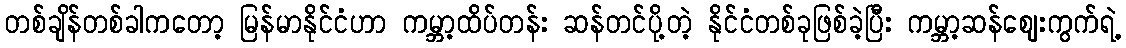
တစ်ချိန်တစ်ခါကတော့ မြန်မာနိုင်ငံဟာ ကမ္ဘာ့ထိပ်တန်း ဆန်တင်ပို့တဲ့ နိုင်ငံတစ်ခုဖြစ်ခဲ့ပြီး ကမ္ဘာ့ဆန်ဈေးကွက်ရဲ့